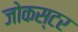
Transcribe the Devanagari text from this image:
जोकस्टर